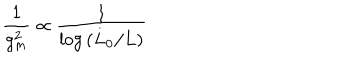
{ \frac { 1 } { g _ { m } ^ { 2 } } } \propto { \frac { 1 } { \log { ( L _ { 0 } / L ) } } }